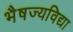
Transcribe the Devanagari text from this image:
भैषज्यविद्या